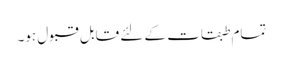
تمام طبقات کے لئے قابل قبول ہو۔